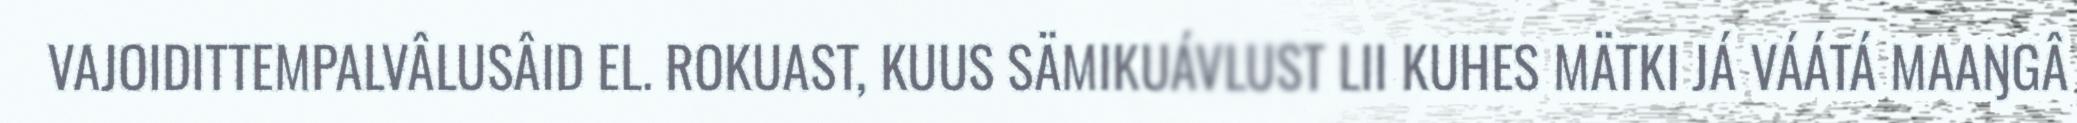
VAJOIDITTEMPALVÂLUSÂID EL. ROKUAST, KUUS SÄMIKUÁVLUST LII KUHES MÄTKI JÁ VÁÁTÁ MAAŊGÂ